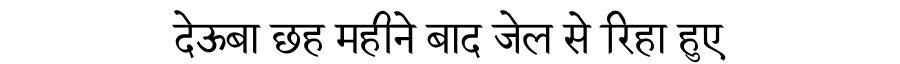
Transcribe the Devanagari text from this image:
देऊबा छह महीने बाद जेल से रिहा हुए